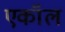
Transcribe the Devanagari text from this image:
एकॉल